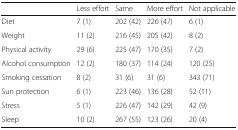
|  | Less effort | Same | More effort | Not applicable |
 | --- | --- | --- | --- | --- |
 | Diet | 7 (1) | 202 (42) | 226 (47) | 6 (1) |
 | Weight | 11 (2) | 216 (45) | 205 (42) | 8 (2) |
 | Physical activity | 29 (6) | 225 (47) | 170 (35) | 7 (2) |
 | Alcohol consumption | 12 (2) | 180 (37) | 114 (24) | 120 (25) |
 | Smoking cessation | 8 (2) | 31 (6) | 31 (6) | 343 (71) |
 | Sun protection | 6 (1) | 223 (46) | 136 (28) | 52 (11) |
 | Stress | 5 (1) | 226 (47) | 142 (29) | 42 (9) |
 | Sleep | 10 (2) | 267 (55) | 123 (26) | 20 (4) |